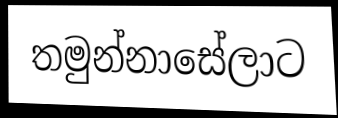
තමුන්නාසේලාට